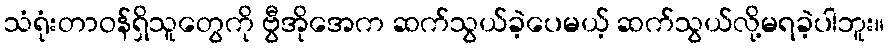
သံရုံးတာဝန်ရှိသူတွေကို ဗွီအိုအေက ဆက်သွယ်ခဲ့ပေမယ့် ဆက်သွယ်လို့မရခဲ့ပါဘူး။